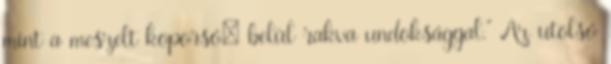
mint a meszelt koporsó: belül rakva undoksággal.” Az utolsó